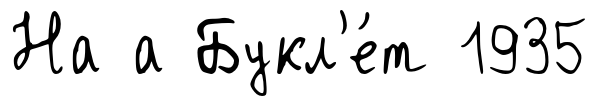
На а Букл'е́т 1935